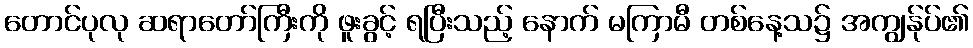
တောင်ပုလု ဆရာတော်ကြီးကို ဖူးခွင့် ရပြီးသည့် နောက် မကြာမီ တစ်နေ့သ၌ အကျွန်ုပ်၏